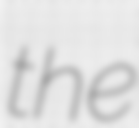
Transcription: the